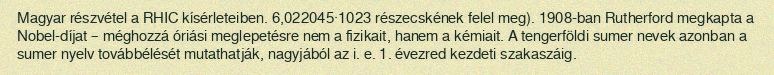
Magyar részvétel a RHIC kísérleteiben. 6,022045·1023 részecskének felel meg). 1908-ban Rutherford megkapta a Nobel-díjat – méghozzá óriási meglepetésre nem a fizikait, hanem a kémiait. A tengerföldi sumer nevek azonban a sumer nyelv továbbélését mutathatják, nagyjából az i. e. 1. évezred kezdeti szakaszáig.